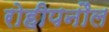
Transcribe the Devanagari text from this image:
रोहीपनौल